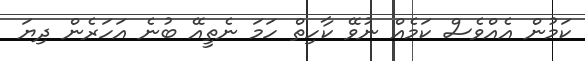
ކަމުން އެއްވެސް ކަމެއް ނުވޭ ކާހިތް ހަމަ ނެތީއޭ ބުނެ އަހަރެން ދިޔަ